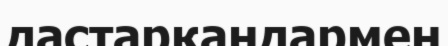
дастарқандармен